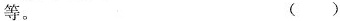
等。 ( )